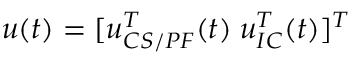
u ( t ) = [ u _ { C S / P F } ^ { T } ( t ) \; u _ { I C } ^ { T } ( t ) ] ^ { T }